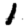
Digit: 1